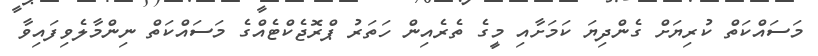
މަސައްކަތް ކުރިޔަށް ގެންދިޔަ ކަމަށާއި މީގެ ތެރެއިން ހަތަރު ޕްރޮޖެކްޓެއްގެ މަސައްކަތް ނިންމާލެވިފައިވާ